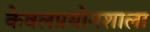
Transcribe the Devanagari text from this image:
केवलप्रयोगशाला